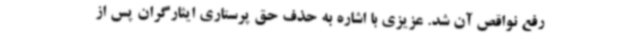
رفع نواقص آن شد. عزیزی با اشاره به حذف حق پرستاری ایثارگران پس از